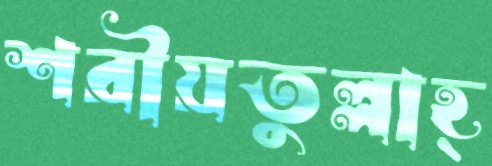
শরীয়তুল্লাহ্